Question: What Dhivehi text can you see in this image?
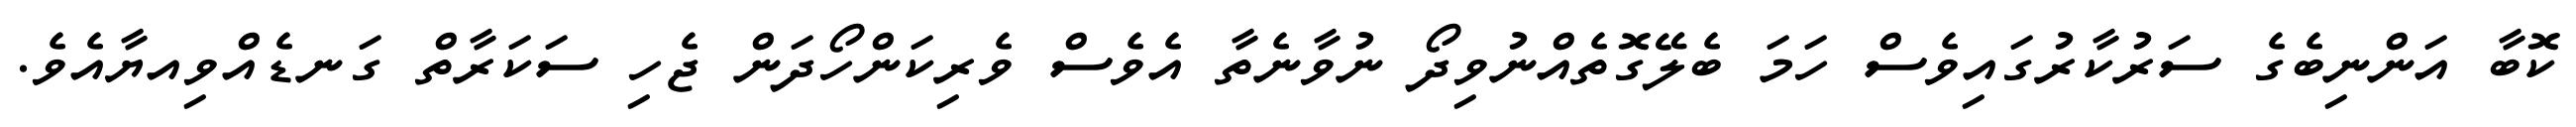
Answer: ކޮބާ އަންނިބެގެ ސަރުކާރުގައިވެސް ހަމަ ބެލޭގޮތެއްނުވިދޯ ނުވާނެތާ އެވެސް ވެރިކަންހޯދަން ޖެހި ސަކަރާތް ގަނޑެއްވިއޔާއެވެ.